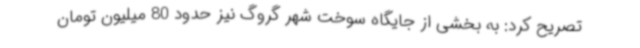
تصریح کرد: به بخشی از جایگاه سوخت شهر گروگ نیز حدود 80 میلیون تومان